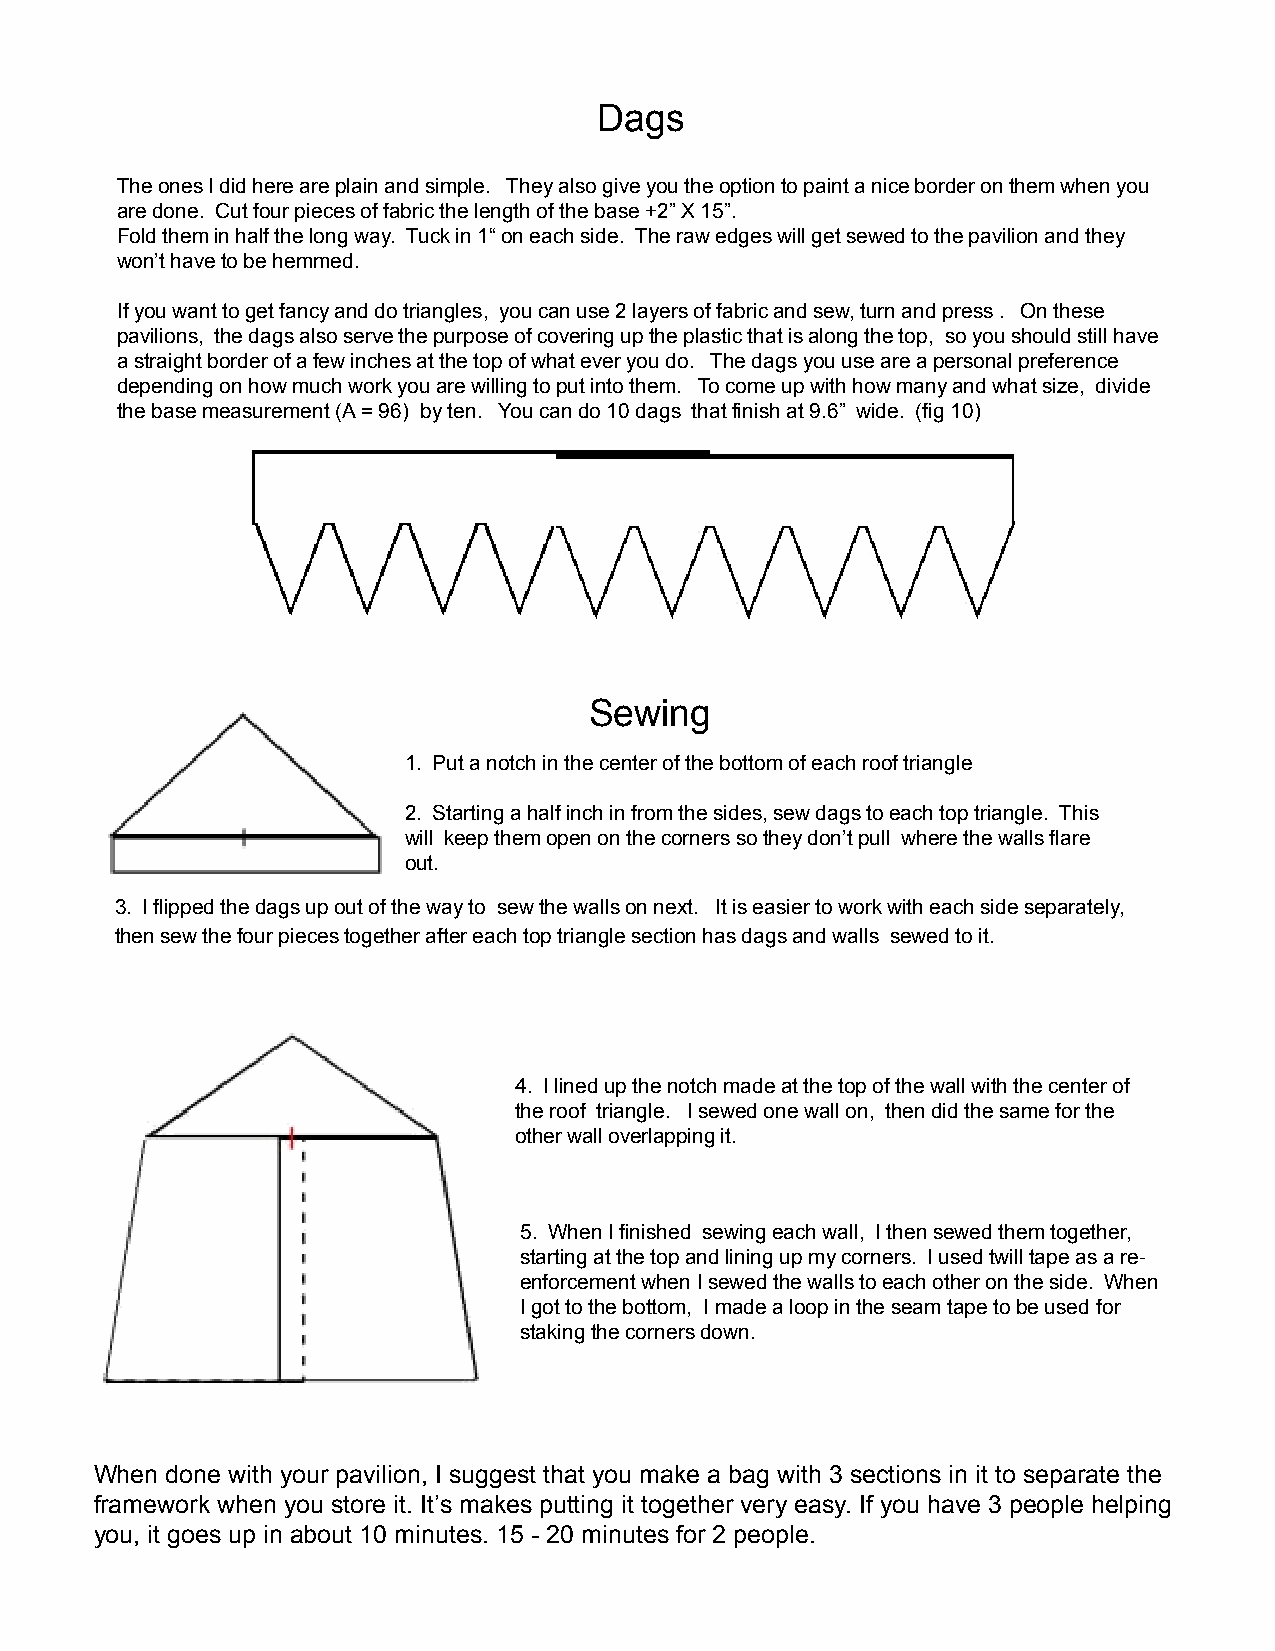
Dags
 The ones I did here are plain and simple. They also give you the option to paint a nice border on them when you
 are done. Cut four pieces of fabric the length of the base +2” X 15”.
 Fold them in half the long way. Tuck in 1“ on each side. The raw edges will get sewed to the pavilion and they
 won’t have to be hemmed.
 If you want to get fancy and do triangles, you can use 2 layers of fabric and sew, turn and press . On these
 pavilions, the dags also serve the purpose of covering up the plastic that is along the top, so you should still have
 a straight border of a few inches at the top of what ever you do. The dags you use are a personal preference
 depending on how much work you are willing to put into them. To come up with how many and what size, divide
 the base measurement (A = 96) by ten. You can do 10 dags that finish at 9.6” wide. (fig 10)
 Sewing
 1. Put a notch in the center of the bottom of each roof triangle
 2. Starting a half inch in from the sides, sew dags to each top triangle. This
 will keep them open on the corners so they don’t pull where the walls flare
 out.
 3. I flipped the dags up out of the way to sew the walls on next. It is easier to work with each side separately,
 then sew the four pieces together after each top triangle section has dags and walls sewed to it.
 4. I lined up the notch made at the top of the wall with the center of
 the roof triangle. I sewed one wall on, then did the same for the
 other wall overlapping it.
 5. When I finished sewing each wall, I then sewed them together,
 starting at the top and lining up my corners. I used twill tape as a re-
 enforcement when I sewed the walls to each other on the side. When
 I got to the bottom, I made a loop in the seam tape to be used for
 staking the corners down.
 When done with your pavilion, I suggest that you make a bag with 3 sections in it to separate the
 framework when you store it. It’s makes putting it together very easy. If you have 3 people helping
 you, it goes up in about 10 minutes. 15 - 20 minutes for 2 people.